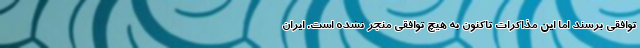
توافقی برسند اما این مذاکرات تاکنون به هیچ توافقی منجر نشده است. ایران